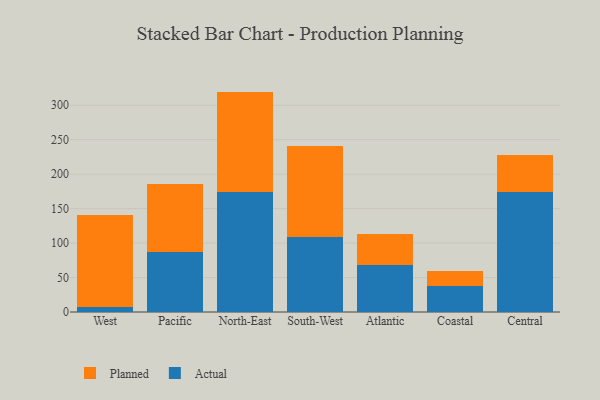
{"axis": {"x": "Region", "y": "Waste Production (Tons)"}, "legend": ["Actual", "Planned"], "data": [{"x": "West", "y": 7.9, "type": "Actual"}, {"x": "West", "y": 132.7, "type": "Planned"}, {"x": "Pacific", "y": 87.5, "type": "Actual"}, {"x": "Pacific", "y": 98.8, "type": "Planned"}, {"x": "North-East", "y": 173.9, "type": "Actual"}, {"x": "North-East", "y": 145.9, "type": "Planned"}, {"x": "South-West", "y": 108.2, "type": "Actual"}, {"x": "South-West", "y": 132.4, "type": "Planned"}, {"x": "Atlantic", "y": 68.5, "type": "Actual"}, {"x": "Atlantic", "y": 45.2, "type": "Planned"}, {"x": "Coastal", "y": 37.5, "type": "Actual"}, {"x": "Coastal", "y": 21.4, "type": "Planned"}, {"x": "Central", "y": 173.6, "type": "Actual"}, {"x": "Central", "y": 53.8, "type": "Planned"}]}